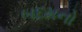
બદમનો